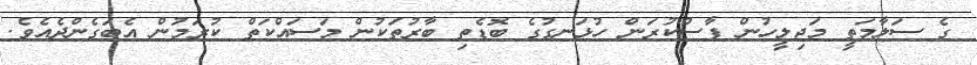
ގެ ސަލާމަތީ މަޖިލީހުން ފާސްކުރަން ހުޅަނގުގެ ބޮޑެތި ބާރުތަކުން މަސައްކަތް ކުރަމުން އެބަގެންދެއެވެ.